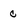
Character: c